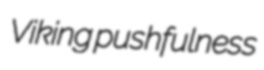
Viking pushfulness